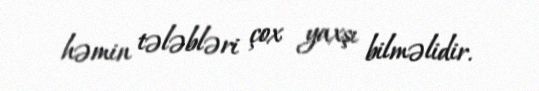
həmin tələbləri çox yaxşı bilməlidir.